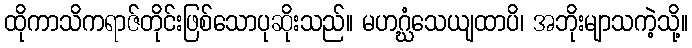
ထိုကာသိကရာဇ်တိုင်းဖြစ်သောပုဆိုးသည်။ မဟဂ္ဃံသေယျထာပိ၊ အဘိုးမျာသကဲ့သို့။